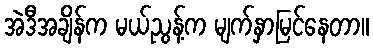
အဲဒီအချိန်က မယ်ညွန့်က မျက်နှာမြင်နေတာ။